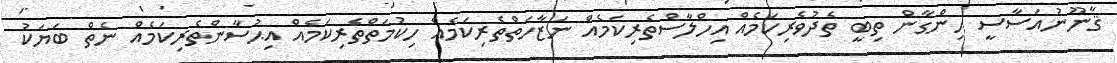
ޤާނޫނުއަސާސީ ހިންގާން ތިބީ ތެދުވެރިކަމެއް އިހްލާސްތެރިކަމެއް ނަޒާހަތްތެރިކަމެއް ހިކުމަތްތެރިކަމެއް އިޙުސާންތެރިކަމެއް ނެތް ބަޔަކު